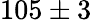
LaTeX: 105\pm 3